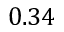
0 . 3 4